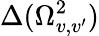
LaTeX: \Delta(\Omega_{v,v^{\prime}}^{2})